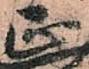
正